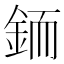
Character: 𲇋